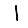
Digit: 1